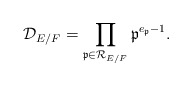
\begin{align*}\mathcal D_{E/F} = \prod_{\mathfrak p \in \mathcal R_{E/F}} \mathfrak p^{e_{\mathfrak p} - 1}.\end{align*}